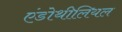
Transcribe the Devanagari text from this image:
एंडोथीलियल